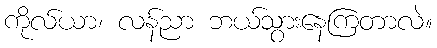
ကိုလ်ယာ၊ လန်ညာ ဘယ်သွားနေကြတာလဲ။